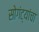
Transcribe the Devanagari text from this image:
सोगंट्यांचा